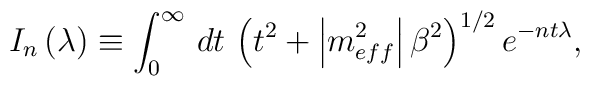
I_{n}\left(\lambda \right)\equiv \int _{0}^{\infty }\, dt\, \left(t^{2}+\left|m_{eff}^{2}\right|\beta ^{2}\right)^{1/2}e^{-nt\lambda },